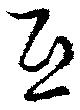
互